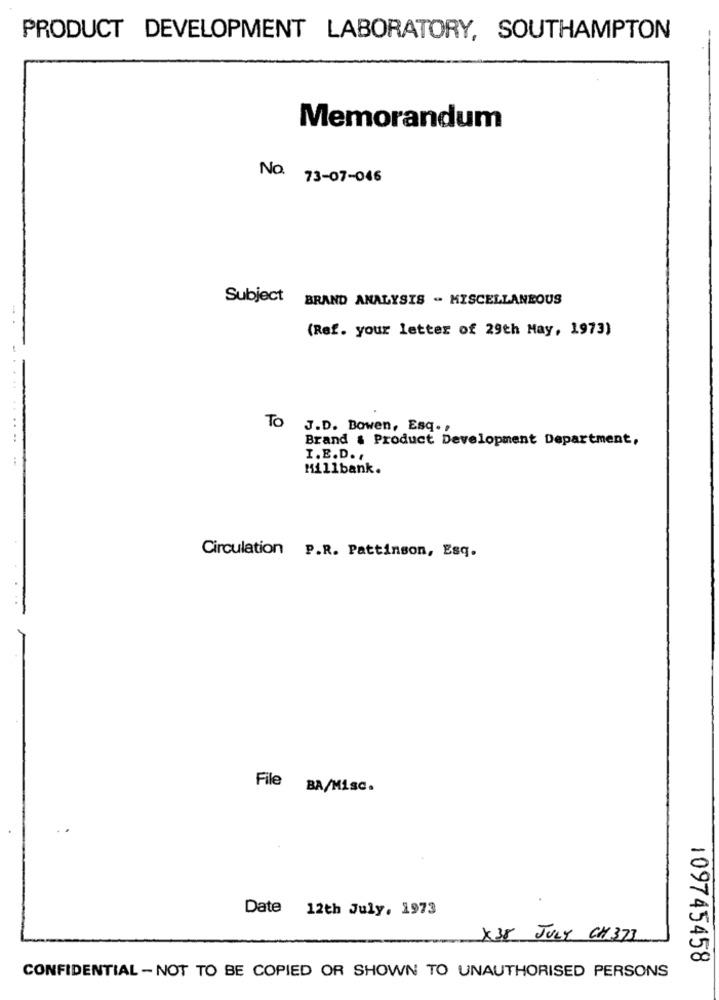
PRODUCT DEVELOPMENT LABORATORY, SOUTHAMPTON
Memorandum
No.
73-07-046
Subject
BRAND ANALYSIS - MISCELLANEOUS
(Ref. your letter of 29th May, 1973)
TO J.D. Bowen, Esq .,
Brand & Product Development Department,
I.E.D. ,
Millbank.
Circulation P.R. Pattinson, Esq.
File BA/Misc.
Date 12th July, 1973
X38 JULY CH 373
109745458
CONFIDENTIAL - NOT TO BE COPIED OR SHOWN TO UNAUTHORISED PERSONS